Civil Veterinary Department Bihar & Orissa reports 1922-29 - 1922-1929
Year: 1922
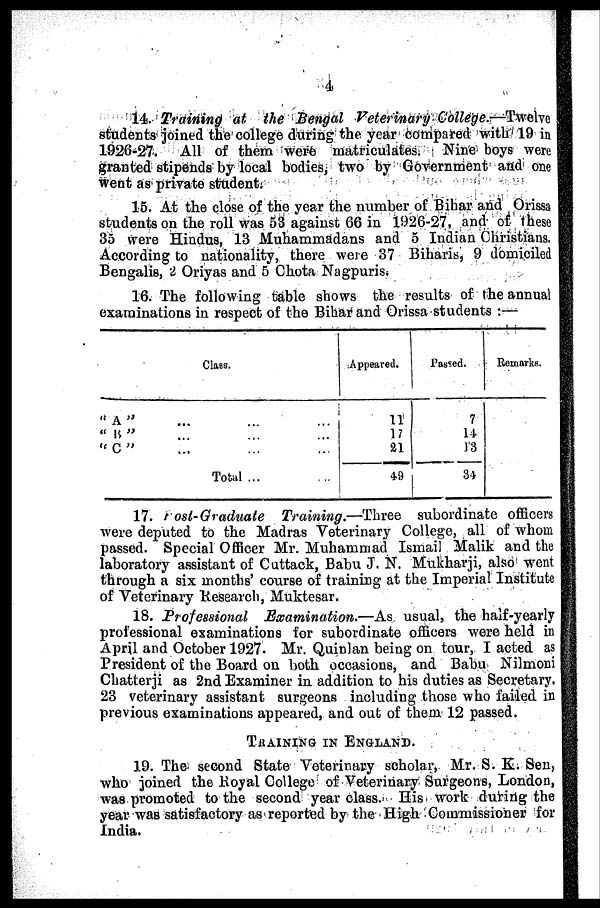
4
14. Training at the Bengal Veterinary College.—Twelve
students joined the college during the year compared with 19 in
192(5-27. All of them were matriculates. Nine boys were
granted stipends by local bodies, two by Government and one
went as private student.
15. At the close of the year the number of Bihar and Orissa
students on the roll was 53 against 66 in 1926-27, and of these
35 were Hindus, 13 Muhammadans and 5 Indian Christians.
According to nationality, there were 37 Biharis, 9 domiciled
Bengalis, 2 Oriyas and 5 Chota Nagpuris.
16. The following table shows the results of the annual
examinations in respect of the Bihar and Orissa students :—
" A "
"B ''
"C"
Class.
...
...
...
Total ...
Appeared.
11
17
21
49
Passed.
7
14
13
34
Remarks.
17. post- Graduate Training.—Three
subordinate officers
were deputed to the Madras Veterinary College, all of whom
passed. Special Officer Mr. Muhammad Ismail Malik and the
laboratory assistant of Cuttack, Babu J. N. Mukharji, also went
through a six months' course of training at the Imperial Institute
of Veterinary Research, Muktesar.
18. Professional
Examination.—As
usual, the half-yearly
professional examinations for subordinate officers were held in
April and October 1927. Mr. Quinlan being on tour, I acted as
President of the Board on both occasions, and Babu Nilmoni
Chatterji as 2nd Examiner in addition to his duties as Secretary.
23 veterinary assistant surgeons including those who failed in
previous examinations appeared, and out of them. 12 passed.
TRAINING IN ENGLAND.
19. The second State Veterinary scholar, Mr. S. K. Sen,
who joined the Royal College of Veterinary Surgeons, London,
was promoted to the second year class. His work during the
year was satisfactory as reported by the High Commissioner for
India.